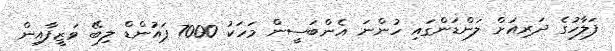
ފަލާހުގެ ދަރިއަށް ލަންޑަންގައި ހުންނަ އެންބަސީން މަހަކު 7000 ޕައުންޑް ލިބޭ ވަޒީފާއިން